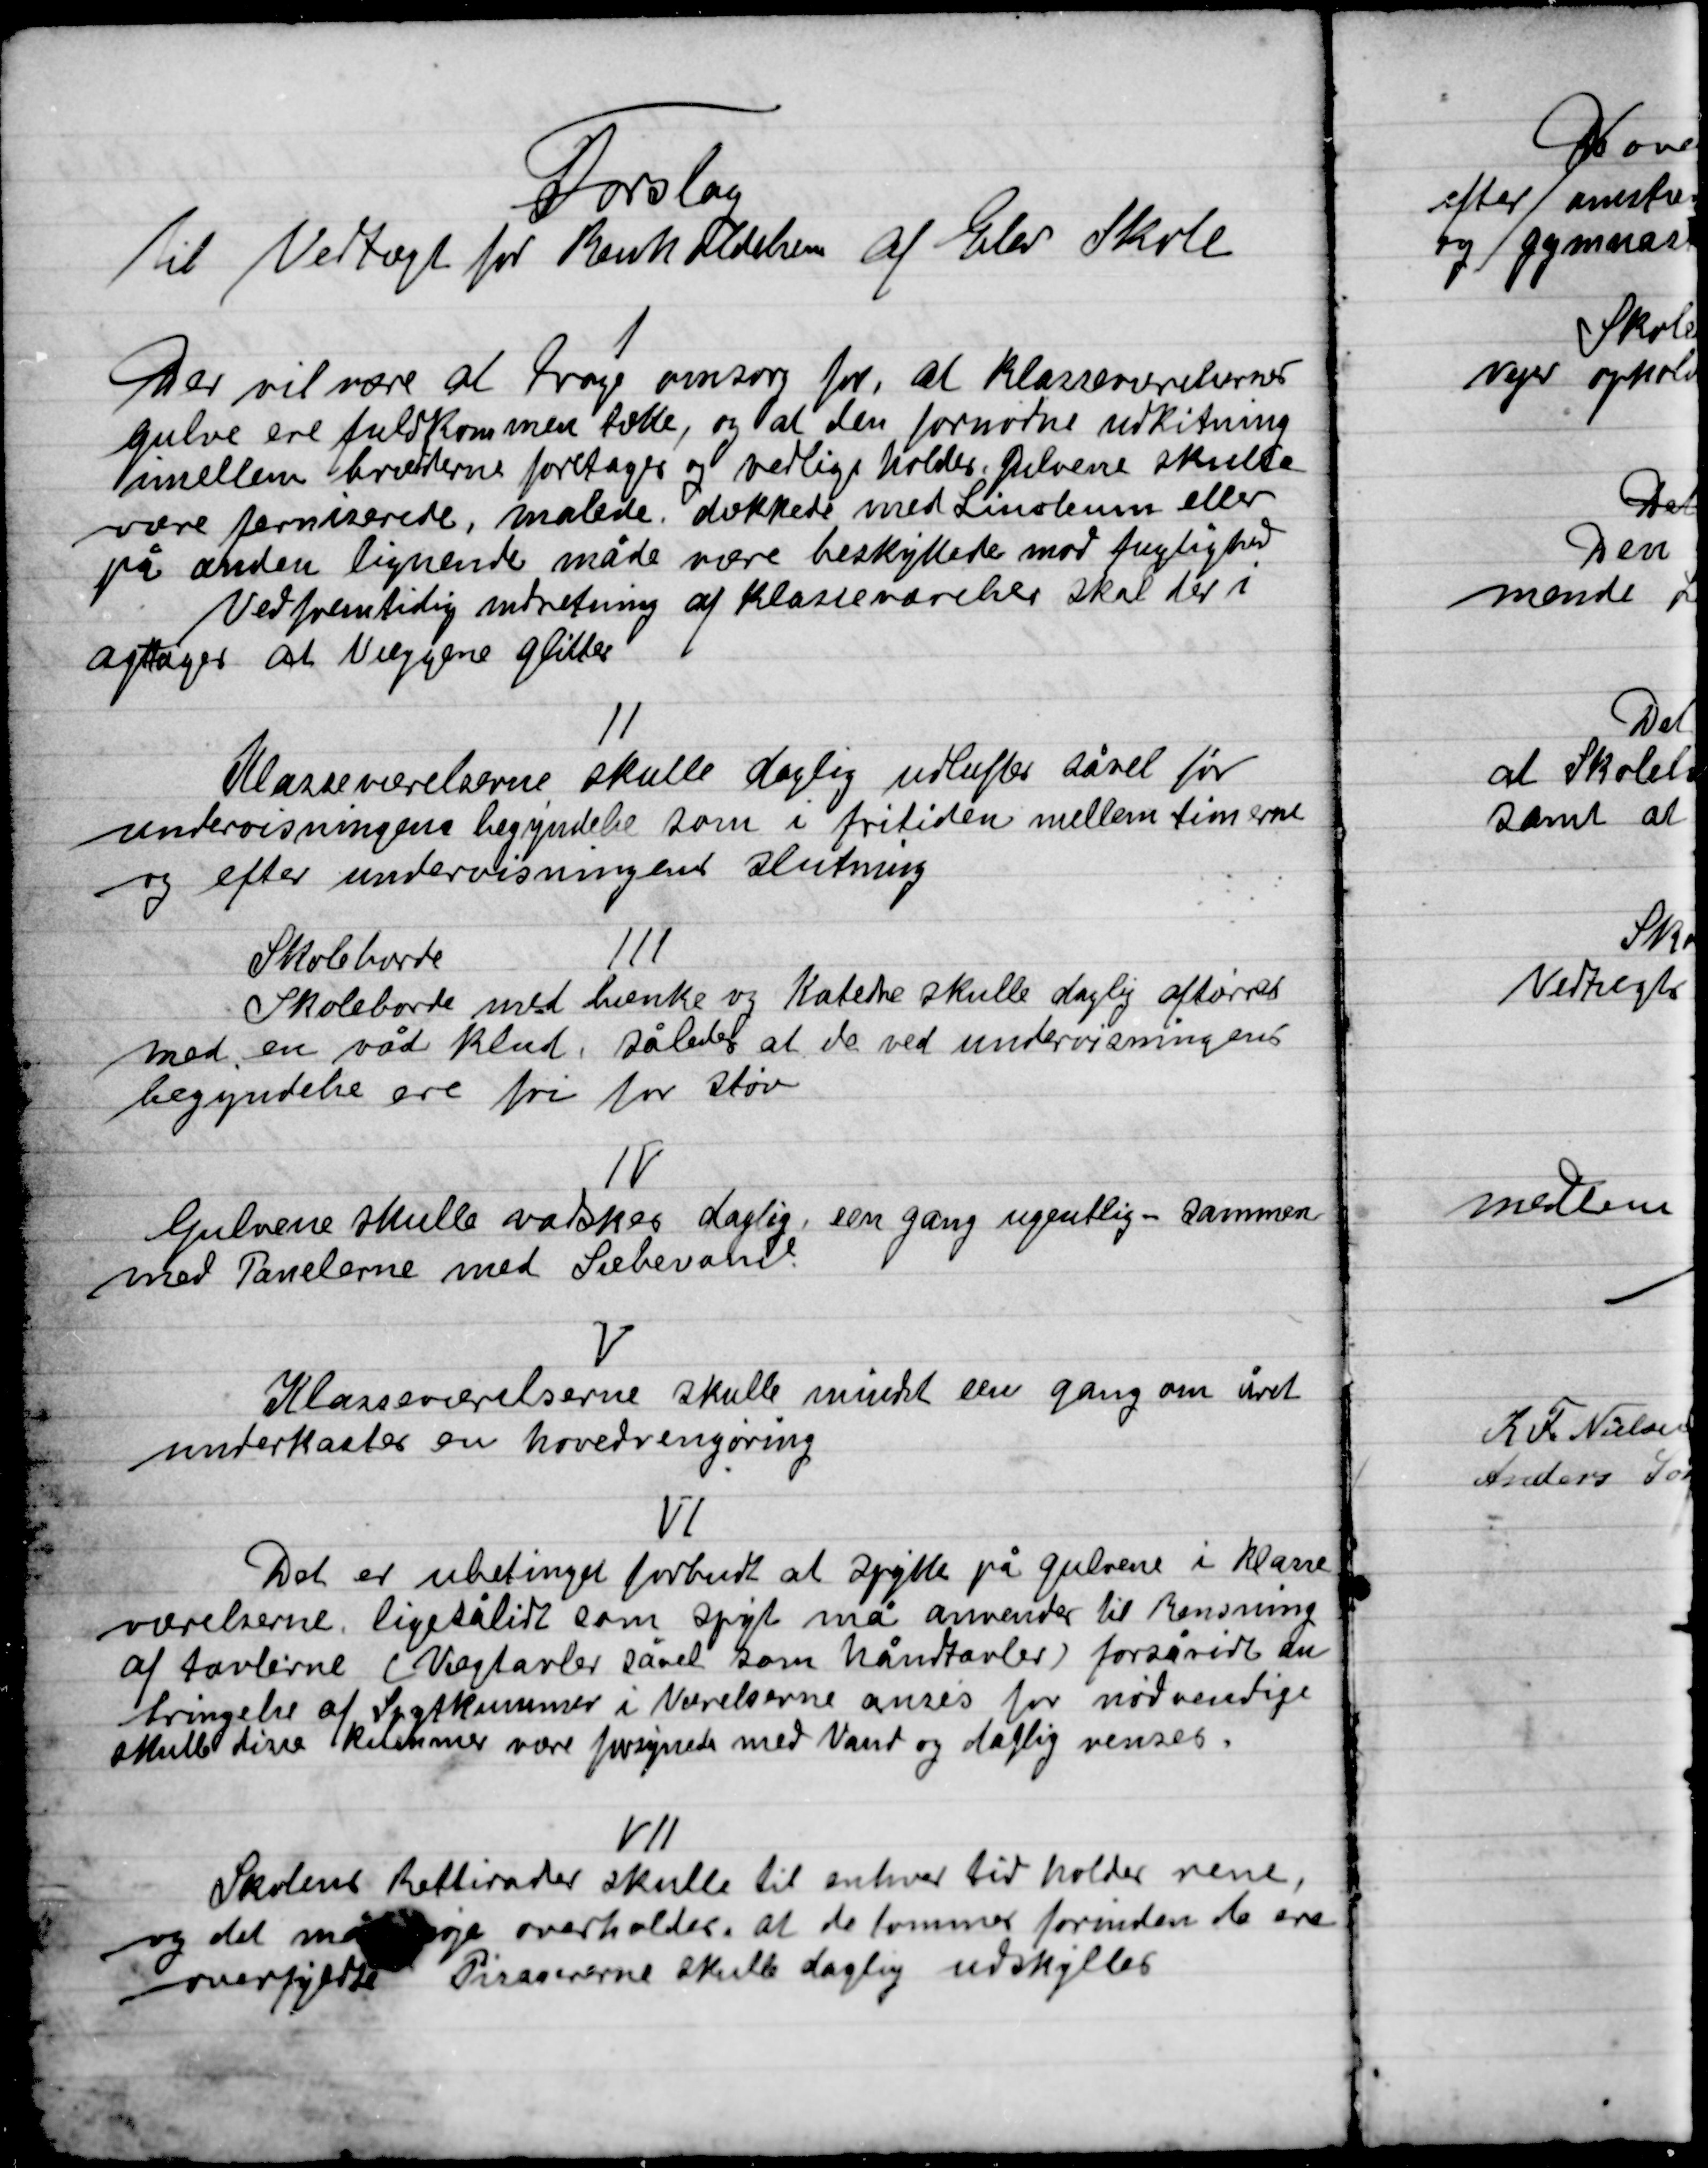
Transskription:
Forslag
Til vedtægt for Renholdelsen af Elev Skole

I

Der vil være at Drage omsorg for, at klasseværelserne
Gulve ere fuldkommen rene og at den fornødne udkitning
imellem brædderne foretages og vedlige holdes, gulvene skulle
være ferniserede, malede, dækkede med Linoleum eller
på anden lignede måde være beskyttede mod fugtigheder
Ved fremtidig indretning af klasseværelserne skal der i
Optages at væggene glitter,

II

Klasseværelserne skulle daglig udluftes såvel før
undervisningens begyndelse som i fritiden mellem timerne
og efter undervisningens slutning.

III

Skoleborde
Skoleborde med bænke og Katetre skulle daglig aftørres
med en våd klud, således at de ved undervisningens
begyndelse ere fri for støv.

IV

Gulvene skulle vaskes daglig, én gang ugentlig – sammen
Med Tavlerne med Sæbevand.

V

Klasseværelserne skulle mindst én gang om året
Underkastes en hovedrengøring

VI

Det er ubetinget forbudt at Zippe på gulvene i Klasse-
værelserne ligesålidt som spyt må anvendes til Rensning
af tavlerne (Vægtavler såvel som håndtavler) for så vidt den
bringelse af Spytkummer i Værelserne anses for nødvendige .   ,
skulle disse Kummer være forsynet med vand og daglig renses

VII

Skolens Radiatorer skulle til enhver tid holdes rene
og det medspørge overholdes, sat de lommer forinden de ere
overfyldte Pisavoerne skulle daglig udskylles.